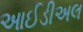
આઈડીઅલ